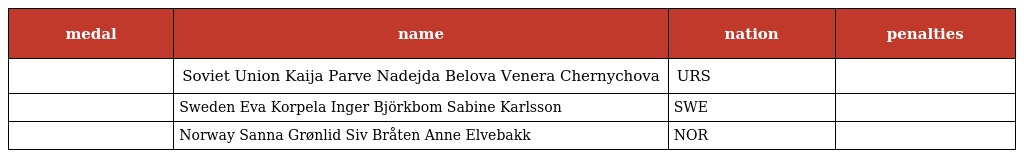
| medal | name | nation | penalties |
 | --- | --- | --- | --- |
 |  | Soviet Union Kaija Parve Nadejda Belova Venera Chernychova | URS |  |
 |  | Sweden Eva Korpela Inger Björkbom Sabine Karlsson | SWE |  |
 |  | Norway Sanna Grønlid Siv Bråten Anne Elvebakk | NOR |  |